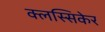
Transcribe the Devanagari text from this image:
क्लस्सिकेर